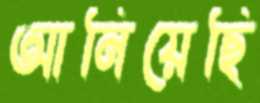
আনিয়েছি